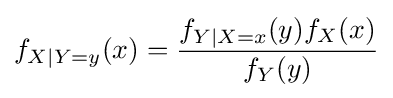
f_{X\vert Y=y}(x)={\frac {f_{Y\vert X=x}(y)f_{X}(x)}{f_{Y}(y)}}